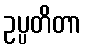
ဥပ္ပတိတာ